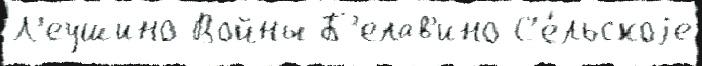
Л'еушино Войны Б'елав'ино С'е́льскоjе